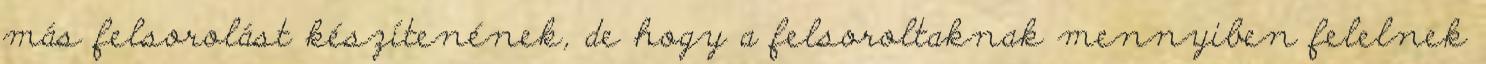
más felsorolást készítenének, de hogy a felsoroltaknak mennyiben felelnek